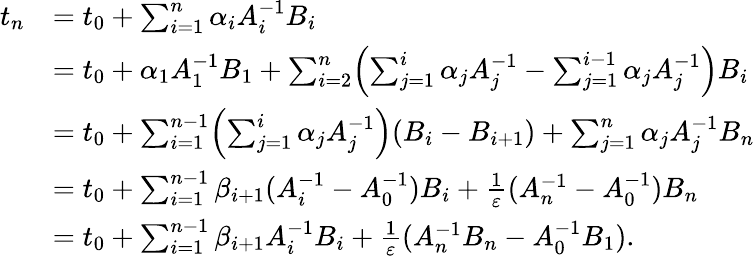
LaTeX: \begin{array}{rl}{t_{n}}&{=t_{0}+\sum_{i=1}^{n}\alpha_{i}A_{i}^{-1}B_{i}}\\ &{=t_{0}+\alpha_{1}A_{1}^{-1}B_{1}+\sum_{i=2}^{n}\Bigl(\sum_{j=1}^{i}\alpha_{j}A_{j}^{-1}-\sum_{j=1}^{i-1}\alpha_{j}A_{j}^{-1}\Bigr)B_{i}}\\ &{=t_{0}+\sum_{i=1}^{n-1}\Bigl(\sum_{j=1}^{i}\alpha_{j}A_{j}^{-1}\Bigr)(B_{i}-B_{i+1})+\sum_{j=1}^{n}\alpha_{j}A_{j}^{-1}B_{n}}\\ &{=t_{0}+\sum_{i=1}^{n-1}\beta_{i+1}(A_{i}^{-1}-A_{0}^{-1})B_{i}+\frac{1}{\varepsilon}(A_{n}^{-1}-A_{0}^{-1})B_{n}}\\ &{=t_{0}+\sum_{i=1}^{n-1}\beta_{i+1}A_{i}^{-1}B_{i}+\frac{1}{\varepsilon}(A_{n}^{-1}B_{n}-A_{0}^{-1}B_{1}).}\end{array}